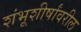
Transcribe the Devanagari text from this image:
शंभूशीर्षांवरील